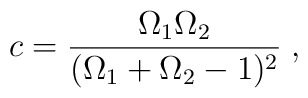
c = \frac{\Omega_1 \Omega_2}{(\Omega_1 + \Omega_2 - 1)^2} \; ,